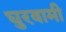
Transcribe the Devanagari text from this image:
घुरवामी